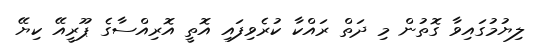
ލިޔުމުގައިވާ ގޮތުން މި ދަތް ރައްކާ ކުރެވިފައި އޮތީ އޮރިއްސާގެ ޕޫރީއޭ ކިޔޭ